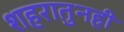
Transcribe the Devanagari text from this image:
शहरातुनही